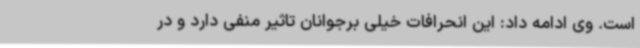
است. وی ادامه داد: این انحرافات خیلی برجوانان تاثیر منفی دارد و در